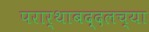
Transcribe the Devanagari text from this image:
परार्थाबद्दलच्या